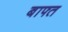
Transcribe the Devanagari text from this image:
बाफ्त